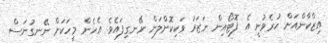
އިޒްކާންއަށް ހުރެވުނީ އެ ފޮޓޯއިން ނަޒަރު ވަކިކޮށްލަން ނޭނގިފައެވެ. އެހެން މީހަކަށް ނޭނގުނަސް